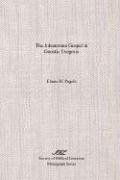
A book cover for The Johannine Gospel in Gnostic Exegesis (Monograph Series (Society of Biblical Literature)); Elaine Pagels; Christian Books & Bibles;